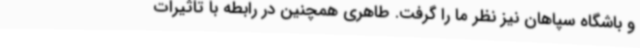
و باشگاه سپاهان نیز نظر ما را گرفت. طاهری همچنین در رابطه با تاثیرات